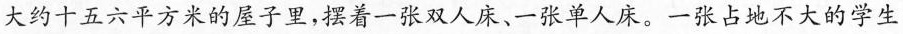
大约十五六平方米的屋子里，摆着一张双人床、一张单人床。一张占地不大的学生